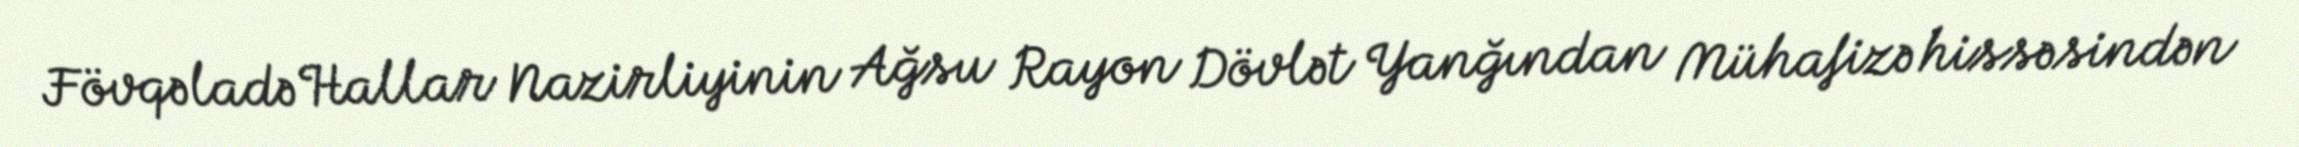
Fövqəladə Hallar Nazirliyinin Ağsu Rayon Dövlət Yanğından Mühafizə hissəsindən